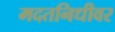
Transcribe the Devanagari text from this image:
मदतनिधीवर